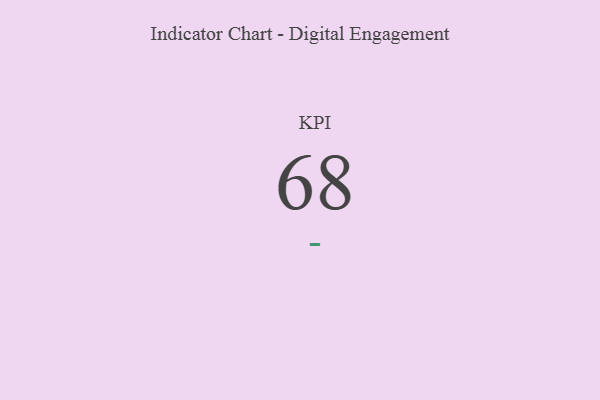
{"axis": {"x": "KPI", "y": "Value"}, "legend": [""], "data": [{"x": "KPI", "y": 68, "type": ""}]}